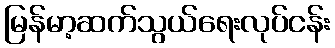
မြန်မာ့ဆက်သွယ်ရေးလုပ်ငန်း